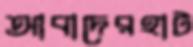
আবাদেরহাট